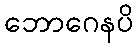
ဘောဂေနပိ